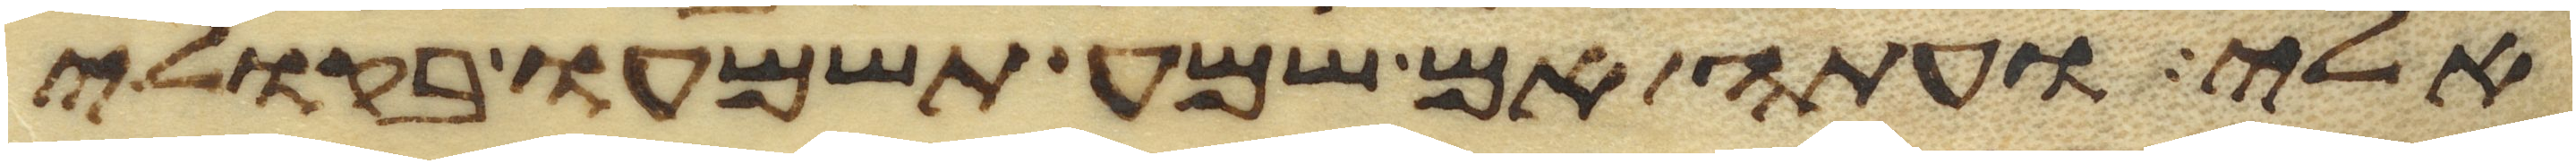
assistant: אלי ועתה אם שמע תשמעו בקולי